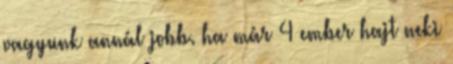
vagyunk annál jobb. ha már 4 ember hajt neki